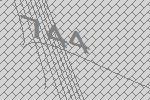
744